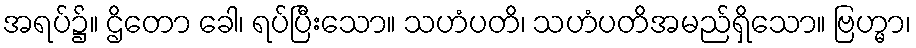
အရပ်၌။ ဌိတော ခေါ၊ ရပ်ပြီးသော။ သဟံပတိ၊ သဟံပတိအမည်ရှိသော။ ဗြဟ္မာ၊